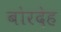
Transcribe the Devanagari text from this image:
बोरदेह